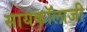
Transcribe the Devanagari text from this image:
सायकॉलाजी